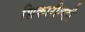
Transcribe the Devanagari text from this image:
शिकारीतही